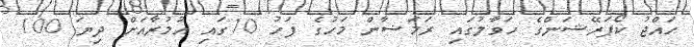
ހައްޖު ކޯޕަރޭޝަންގެ ހަވާލުގައި ރަމަޟާން މަހުގެ ފަހު 10ގައި އުމުރާއަށް ދިޔަ 100